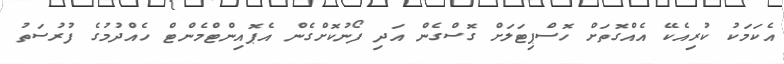
އެކަމަކު ކުރިއެކޭ އެއްގޮތަށް ހޮސްޕިޓަލަށް ގޮސްގެން އަދި ފޯނުކޮށްގެން އެޕޮއިންޓްމެންޓް ހެއްދުމުގެ ފުރުސަތު